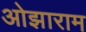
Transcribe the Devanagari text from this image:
ओझाराम